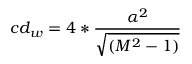
c d _ { w } = 4 * { \frac { \alpha ^ { 2 } } { \sqrt { ( M ^ { 2 } - 1 ) } } }